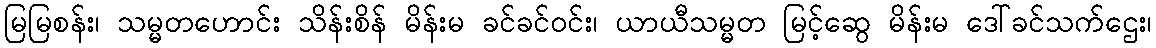
မြမြစန်း၊ သမ္မတဟောင်း သိန်းစိန် မိန်းမ ခင်ခင်ဝင်း၊ ယာယီသမ္မတ မြင့်ဆွေ မိန်းမ ဒေါ်ခင်သက်ဌေး၊